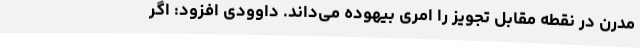
مدرن در نقطه مقابل تجویز را امری بیهوده می‌داند. داوودی افزود: اگر